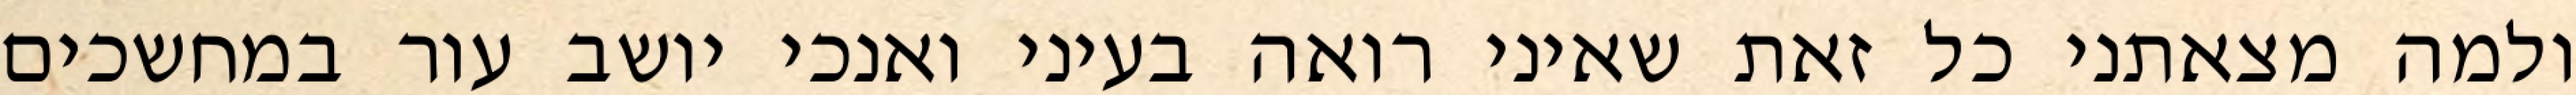
ולמה מצאתני כל זאת שאיני רואה בעיני ואנכי יושב עור במחשכים